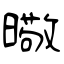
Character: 曔